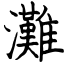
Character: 灘